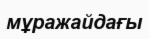
мұражайдағы